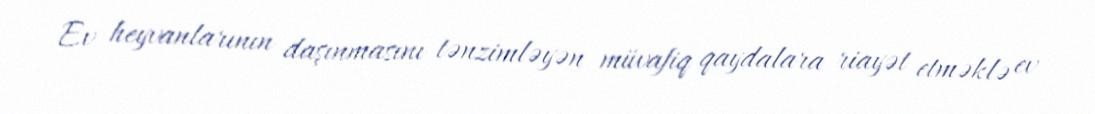
Ev heyvanlarının daşınmasını tənzimləyən müvafiq qaydalara riayət etməklə ev